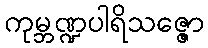
ကုမ္ဘဏ္ဍပါရိသဇ္ဇော